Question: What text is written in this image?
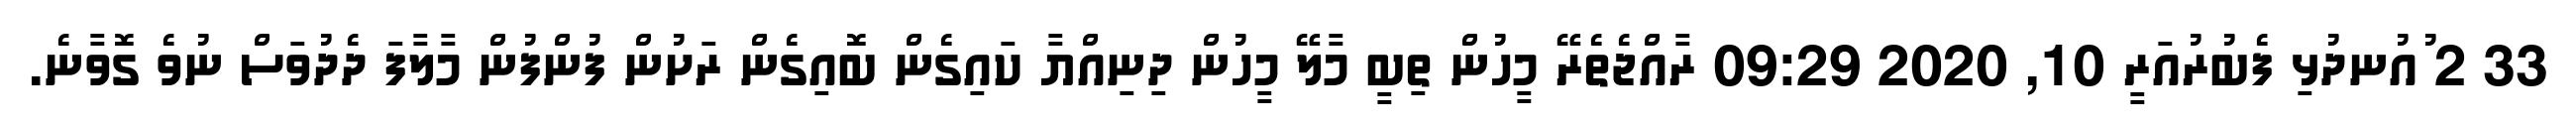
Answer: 33 2 ުއުނދުޅި ފެބުރުއަރީ 10, 2020 09:29 ރާއްޖެތެރޭ މީހުން ތިބީ މާލޭ މީހުން ދިނިއްޔާ ކައިގެން ބޮއިގެން ރަށުން ފުންފުން މާލާފަ ދެދުވަސް ނުވެ ގޮވާނެ.